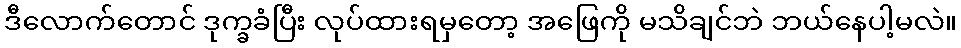
ဒီလောက်တောင် ဒုက္ခခံပြီး လုပ်ထားရမှတော့ အဖြေကို မသိချင်ဘဲ ဘယ်နေပါ့မလဲ။